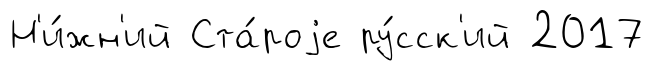
Н'и́жн'ий Ста́роjе ру́сск'ий 2017